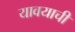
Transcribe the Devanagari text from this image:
यावयाची